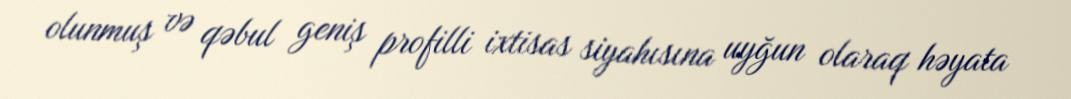
olunmuş və qəbul geniş profilli ixtisas siyahısına uyğun olaraq həyata